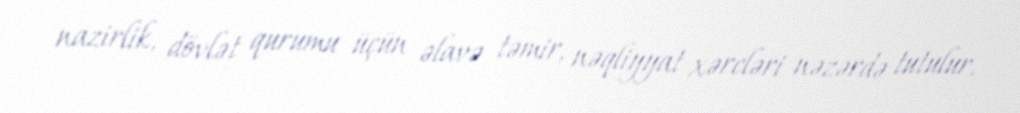
nazirlik, dövlət qurumu üçün əlavə təmir, nəqliyyat xərcləri nəzərdə tutulur.